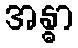
အန္ဓာ